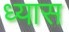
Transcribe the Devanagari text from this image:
ध्‍यास